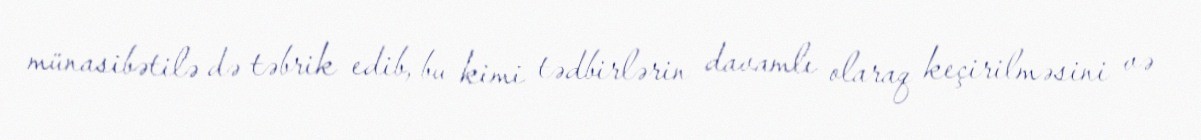
münasibətilə də təbrik edib, bu kimi tədbirlərin davamlı olaraq keçirilməsini və